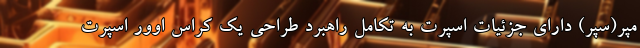
مپر(سپر) دارای جزئیات اسپرت به تکامل راهبرد طراحی یک کراس اوور اسپرت